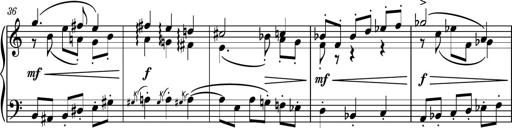
Title: Piano Sonatina No.4
Composer: Dimitri Sykias
Key: D major